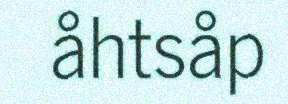
åhtsåp